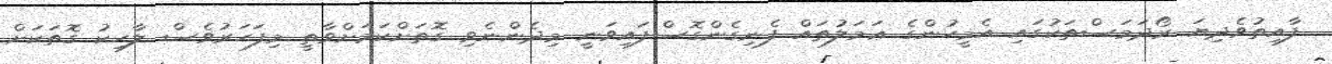
ފާއިތުވެދިޔަ ރޯދަމަސްތަކުގައި އެމީހުންގެ ޢަމަލުތައް ފެނިގެންގޮސްފައިވަނީ މިދެންނެވި ގޮތަށްކަމަށްވާތީ މިފަހަރުވެސް ލާހިކު ގޮތަކަށް